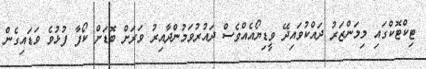
ޓިކްޓޮކްގައި މިމަންޒަރު ދައްކުވައިދޭ ވީޑިޔޯއެއްވެސް ދައުރުވަމުންދާއިރު ވަރަށް ބޮޑަށް ކޯފާ ފުޅުވެ ވަޑައިގެން